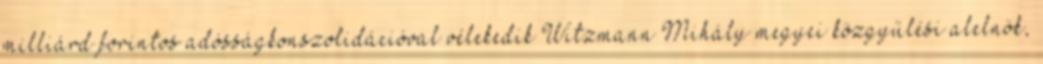
milliárd forintos adósságkonszolidációval vélekedik Witzmann Mihály megyei közgyűlési alelnök,